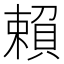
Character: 賴